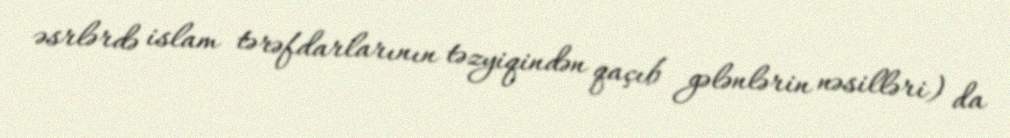
əsrlərdə islam tərəfdarlarının təzyiqindən qaçıb gələnlərin nəsilləri) da